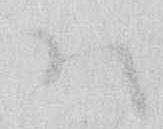
ハ